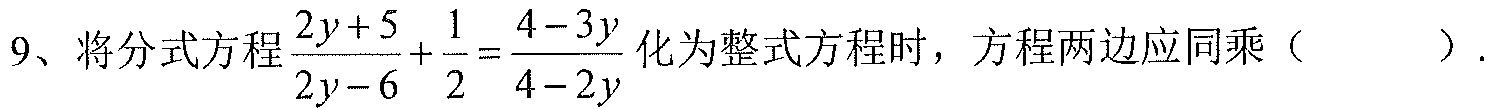
9、将分式方程$\dfrac{2y + 5}{2y - 6}+\dfrac{1}{2}=\dfrac{4 - 3y}{4 - 2y}$化为整式方程时，方程两边应同乘（  ）.